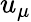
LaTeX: u_{\mu}